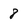
Character: 8